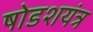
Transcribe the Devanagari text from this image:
षोडशयंत्र